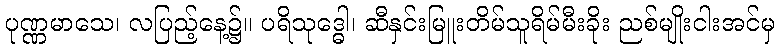
ပုဏ္ဏမာသေ၊ လပြည့်နေ့၌။ ပရိသုဒ္ဓေါ၊ ဆီနှင်းမြူးတိမ်သူရိမ်မီးခိုး ညစ်မျိုးငါးအင်မှ